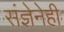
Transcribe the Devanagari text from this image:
संज्ञेनेही